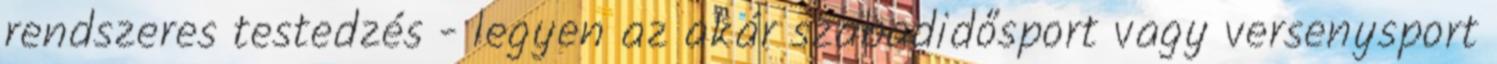
rendszeres testedzés - legyen az akár szabadidősport vagy versenysport